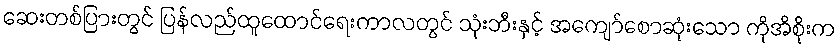
ဆေးတစ်ပြားတွင် ပြန်လည်ထူထောင်ရေးကာလတွင် သုံးဘီးနှင့် အကျော်စောဆုံးသော ကိုအိစိုးက